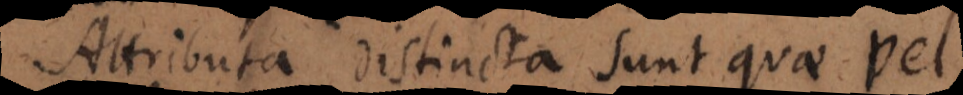
Attributa distincta sunt quae vel